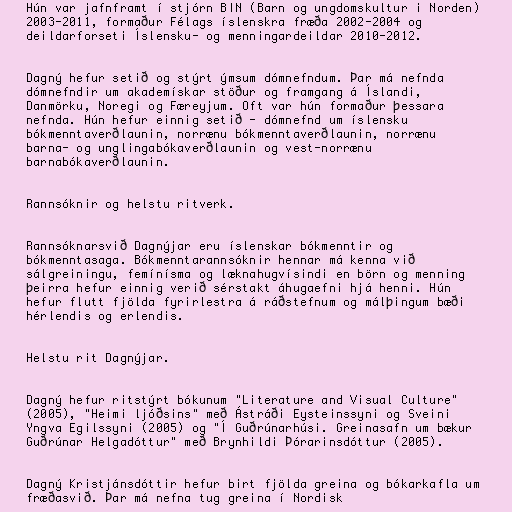
Hún var jafnframt í stjórn BIN (Barn og ungdomskultur i Norden)
2003-2011, formaður Félags íslenskra fræða 2002-2004 og
deildarforseti Íslensku- og menningardeildar 2010-2012.

Dagný hefur setið og stýrt ýmsum dómnefndum. Þar má nefnda
dómnefndir um akademískar stöður og framgang á Íslandi,
Danmörku, Noregi og Færeyjum. Oft var hún formaður þessara
nefnda. Hún hefur einnig setið - dómnefnd um íslensku
bókmenntaverðlaunin, norrænu bókmenntaverðlaunin, norrænu
barna- og unglingabókaverðlaunin og vest-norrænu
barnabókaverðlaunin.

Rannsóknir og helstu ritverk.

Rannsóknarsvið Dagnýjar eru íslenskar bókmenntir og
bókmenntasaga. Bókmenntarannsóknir hennar má kenna við
sálgreiningu, femínísma og læknahugvísindi en börn og menning
þeirra hefur einnig verið sérstakt áhugaefni hjá henni. Hún
hefur flutt fjölda fyrirlestra á ráðstefnum og málþingum bæði
hérlendis og erlendis.

Helstu rit Dagnýjar.

Dagný hefur ritstýrt bókunum "Literature and Visual Culture"
(2005), "Heimi ljóðsins" með Ástráði Eysteinssyni og Sveini
Yngva Egilssyni (2005) og "Í Guðrúnarhúsi. Greinasafn um bækur
Guðrúnar Helgadóttur" með Brynhildi Þórarinsdóttur (2005).

Dagný Kristjánsdóttir hefur birt fjölda greina og bókarkafla um
fræðasvið. Þar má nefna tug greina í Nordisk